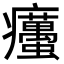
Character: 𤼚